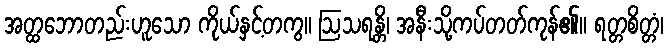
အတ္ထဘောတည်းဟူသော ကိုယ်နှင့်တကွ။ ဩသရန္တိ၊ အနီးသို့ကပ်တတ်ကုန်၏။ ရတ္တစိတ္တံ၊